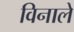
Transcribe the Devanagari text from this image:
विनाले